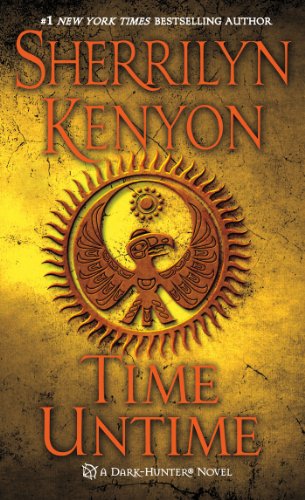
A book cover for Time Untime (Dark-Hunter Novels); Sherrilyn Kenyon; Science Fiction & Fantasy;